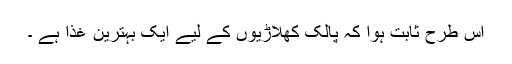
اس طرح ثابت ہوا کہ پالک کھلاڑیوں کے لیے ایک بہترین غذا ہے ۔